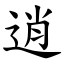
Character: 逍